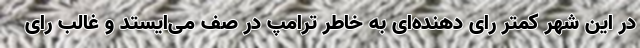
در این شهر کمتر رای دهنده‌ای به خاطر ترامپ در صف می‌ایستد و غالب رای